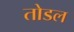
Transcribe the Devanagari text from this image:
तोडल